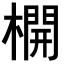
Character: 𣛣